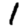
Digit: 1